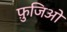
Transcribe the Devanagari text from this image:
फ़ुजिओ